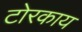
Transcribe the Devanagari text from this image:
टोरकाय